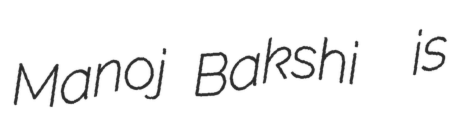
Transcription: Manoj Bakshi  is